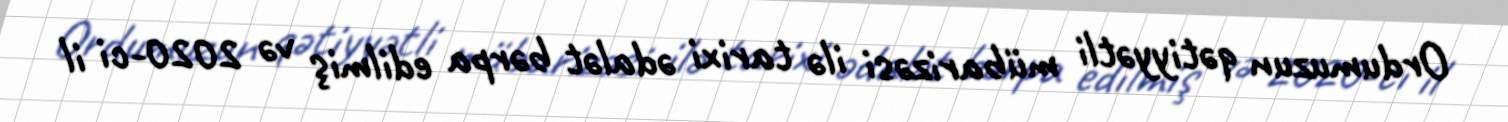
Ordumuzun qətiyyətli mübarizəsi ilə tarixi ədalət bərpa edilmiş və 2020-ci il